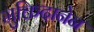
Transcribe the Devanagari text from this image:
मुक्तिदानेन